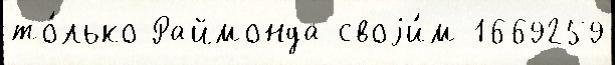
то́лько Раймонда своjи́м 1669259